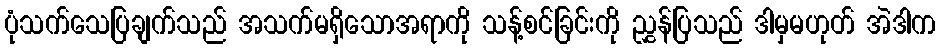
ပုံသက်သေပြချက်သည် အသက်မရှိသောအရာကို သန့်စင်ခြင်းကို ညွှန်ပြသည် ဒါမှမဟုတ် အဲဒါက